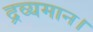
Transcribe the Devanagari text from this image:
द्रव्यमान।